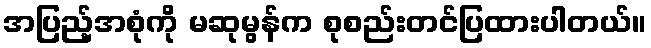
အပြည့်အစုံကို မဆုမွန်က စုစည်းတင်ပြထားပါတယ်။